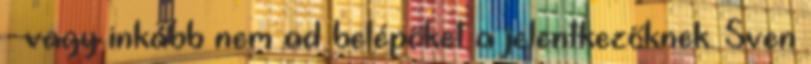
vagy inkább nem ad belépőket a jelentkezőknek. Sven